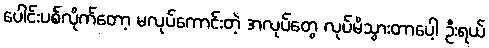
ပေါင်းပစ်လိုက်တော့ မလုပ်ကောင်းတဲ့ အလုပ်တွေ လုပ်မိသွားတာပေါ့ ဦးရယ်